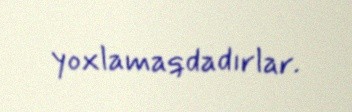
yoxlamaqdadırlar.